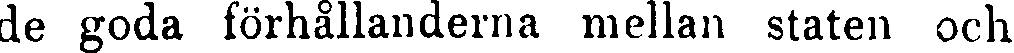
de goda förhållanderna mellan staten och